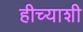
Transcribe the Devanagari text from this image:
हीच्याशी